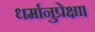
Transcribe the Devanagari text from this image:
धर्मानुप्रेक्षा।